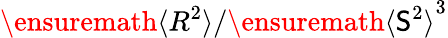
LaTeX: \ensuremath{\langle R^{2}\rangle}/\ensuremath{\langle\mathsf{S}^{2}\rangle}^{3}